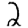
Digit: 2